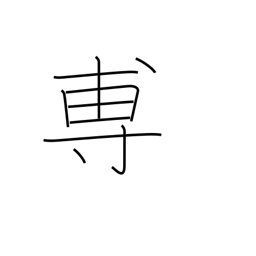
Meaning: to announce